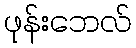
ဖုန်းဘေလ်